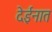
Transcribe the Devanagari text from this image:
देईनात